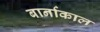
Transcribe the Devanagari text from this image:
बार्नाकाल